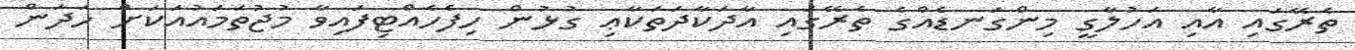
ތެރޭގައި އާއި އަހުލާގީ މިންގަނޑެއްގެ ތެރޭގައި އާދަކާދަތަކާޢި ގުޅުން ހިފެހެއްޓިފައިވާ މުޖުތަމައުއަކަށް ހަދަން